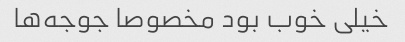
خیلی خوب بود مخصوصا جوجه‌ها